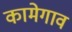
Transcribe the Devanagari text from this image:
कामेगाव